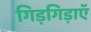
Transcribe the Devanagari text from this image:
गिड़गिड़ाएॅ